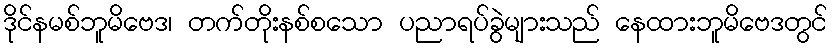
ဒိုင်နမစ်ဘူမိဗေဒ၊ တက်တိုးနစ်စသော ပညာရပ်ခွဲများသည် နေထားဘူမိဗေဒတွင်